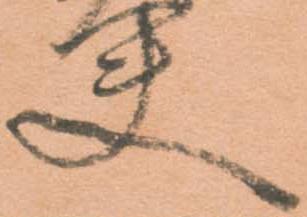
夫